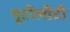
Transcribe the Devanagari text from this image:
यूटीलीटी